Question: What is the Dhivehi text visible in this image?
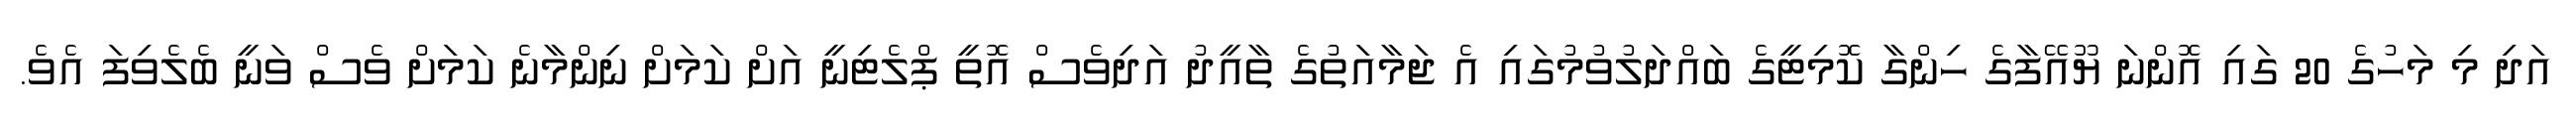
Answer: އަދި މި މަހުގެ 20 ގައި އޮންނަ ޔޫއޭފާގެ ހިންގާ ކޮމިޓީގެ ބައްދަލުވުމުގައި އެ ޖަމާއަތުގެ ތާއީދު އަދިވެސް އޮތީ ޕްލެޓިނީ އަށް ކަމަށް ނިންމާނެ ކަމަށް ވެސް ވަނީ ބެލެވިފަ އެވެ.